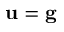
{ \mathbf u } = { \mathbf g }